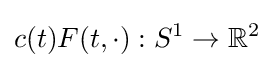
c(t)F(t,\cdot ):S^{1}\to \mathbb {R} ^{2}